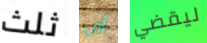
ثلث أي ليقضي